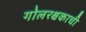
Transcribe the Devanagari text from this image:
गोलरक्षकाची